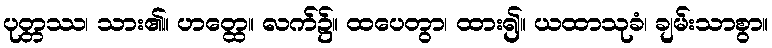
ပုတ္တဿ၊ သား၏။ ဟတ္ထေ။ လက်၌။ ထပေတွာ၊ ထား၍။ ယထာသုခံ၊ ချမ်းသာစွာ။